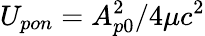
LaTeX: U_{pon}=A_{p0}^{2}/4\mu c^{2}